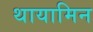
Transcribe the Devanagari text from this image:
थायामिन